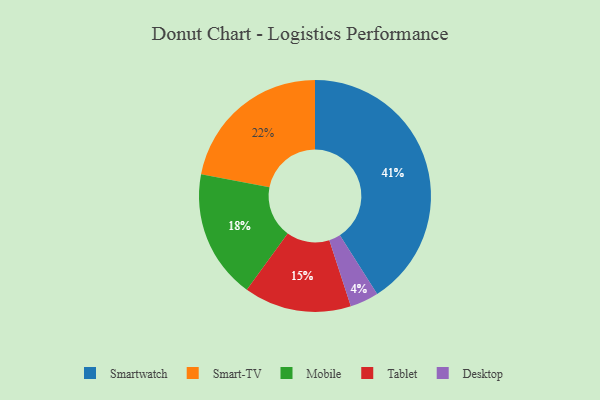
{"axis": {"x": "Category", "y": "Percentage"}, "legend": ["Desktop", "Mobile", "Smart-TV", "Smartwatch", "Tablet"], "data": [{"x": "Smartwatch", "y": 41, "type": "Smartwatch"}, {"x": "Smart-TV", "y": 22, "type": "Smart-TV"}, {"x": "Tablet", "y": 15, "type": "Tablet"}, {"x": "Mobile", "y": 18, "type": "Mobile"}, {"x": "Desktop", "y": 4, "type": "Desktop"}]}